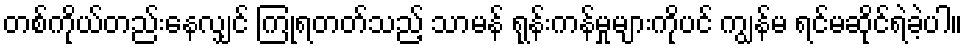
တစ်ကိုယ်တည်းနေလျှင် ကြုံရတတ်သည့် သာမန် ရုန်းကန်မှုများကိုပင် ကျွန်မ ရင်မဆိုင်ရဲခဲ့ပါ။